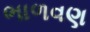
ભાળવણ